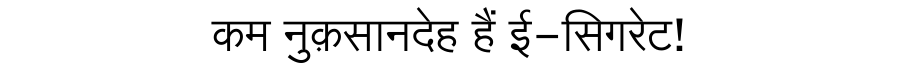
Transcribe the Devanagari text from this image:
कम नुक़सानदेह हैं ई-सिगरेट!